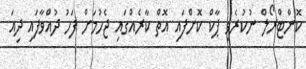
ކޮންޓްރޯލް ނުކުރެވި ޕާކް ކޮށްފައި އޮތް ކާރެއްގައި ޖެހުމަށް ފަހު ދުއްވާފައި ދިއަ